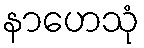
နာဟေသုံ